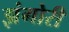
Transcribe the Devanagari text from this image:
झंगोरी